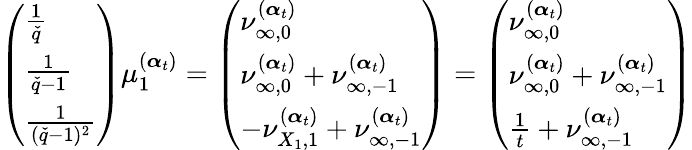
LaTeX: \left(\begin{array}{l}{\frac{1}{\check{q}}}\\ {\frac{1}{\check{q}-1}}\\ {\frac{1}{(\check{q}-1)^{2}}}\end{array}\right)\mu_{1}^{(\boldsymbol{\alpha}_{t})}=\left(\begin{array}{l}{\nu_{\infty,0}^{(\boldsymbol{\alpha}_{t})}}\\ {\nu_{\infty,0}^{(\boldsymbol{\alpha}_{t})}+\nu_{\infty,-1}^{(\boldsymbol{\alpha}_{t})}}\\ {-\nu_{{X_{1}},1}^{(\boldsymbol{\alpha}_{t})}+\nu_{\infty,-1}^{(\boldsymbol{\alpha}_{t})}}\end{array}\right)=\left(\begin{array}{l}{\nu_{\infty,0}^{(\boldsymbol{\alpha}_{t})}}\\ {\nu_{\infty,0}^{(\boldsymbol{\alpha}_{t})}+\nu_{\infty,-1}^{(\boldsymbol{\alpha}_{t})}}\\ {\frac{1}{t}+\nu_{\infty,-1}^{(\boldsymbol{\alpha}_{t})}}\end{array}\right)